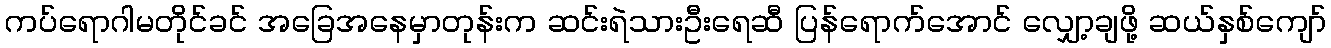
ကပ်ရောဂါမတိုင်ခင် အခြေအနေမှာတုန်းက ဆင်းရဲသားဦးရေဆီ ပြန်ရောက်အောင် လျှော့ချဖို့ ဆယ်နှစ်ကျော်